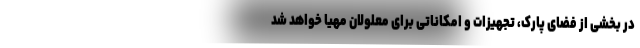
در بخشی از فضای پارک، تجهیزات و امکاناتی برای معلولان مهیا خواهد شد